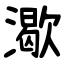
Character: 㵣